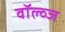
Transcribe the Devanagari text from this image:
वॉल्व्ज